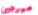
مهرجين